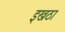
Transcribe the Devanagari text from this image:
इखठा